Insane asylums in Bengal annual reports 1867-1875 - 1867-1875
Year: 1867
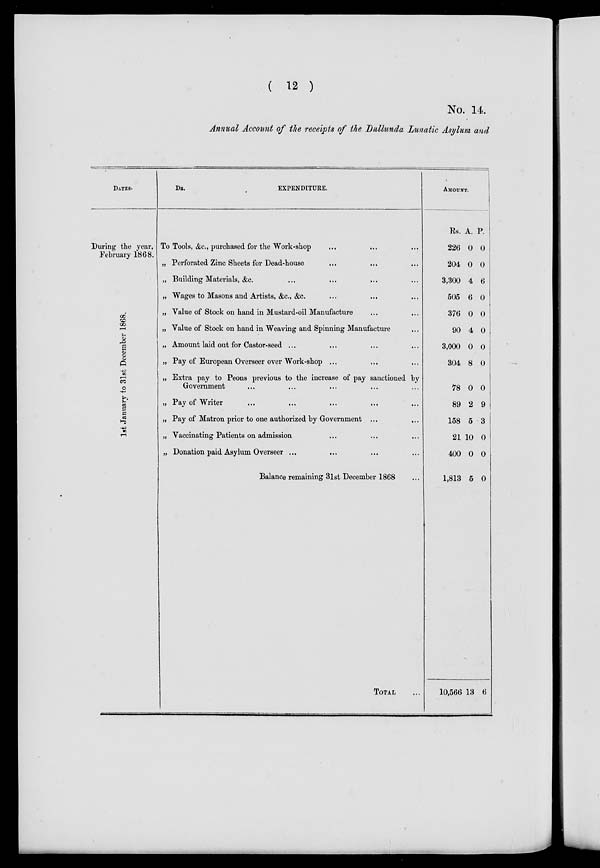
( 12 )
No. 14.
Annual Account of the receipts of the Dullunda Lunatic Asylum and
DATES.
During the year,
February 1868.
1st January to 31st December 1868.
DR.
EXPENDITURE.
To Tools, &c., purchased for the Work-shop ... ... ...
„ Perforated Zinc Sheets for Dead-house ... ... ...
„ Building Materials, &c.
...
...
„ Wages to Masons and Artists, &c., &c. ... ... ...
„ Value of Stock on hand in Mustard-oil Manufacture ...
„ Value of Stock on hand in Weaving and Spinning Manufacture ...
„ Amount laid out for Castor-seed ... ... ... ...
„ Pay of European Overseer over Work-shop ...
„ Extra pay to Peons previous to the increase of pay sanctioned by
Government ... ... ...
„ Pay of Writer ... ... ...
„ Pay of Matron prior to one authorized by Government ...
„ Vaccinating Patients on admission ... ... ...
„ Donation paid Asylum Overseer ... ... ... ...
Balance remaining 3lst December 1868 ... ... ... ...
TOTAL ...
AMOUNT.
RS.
226
204
3,300
505
376
90
3,000
304
78
89
158
21
400
1,813
10,566
A.
0
0
4
6
0
4
0
8
0
2
5
10
0
5
13
P.
0
0
6
0
0
0
0
0
0
9
3
0
0
0
6